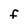
Character: F